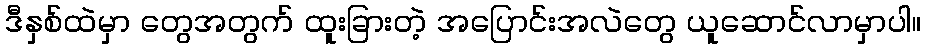
ဒီနှစ်ထဲမှာ တွေအတွက် ထူးခြားတဲ့ အပြောင်းအလဲတွေ ယူဆောင်လာမှာပါ။